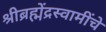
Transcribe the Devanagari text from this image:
श्रीब्रह्मेंद्रस्वामींचे